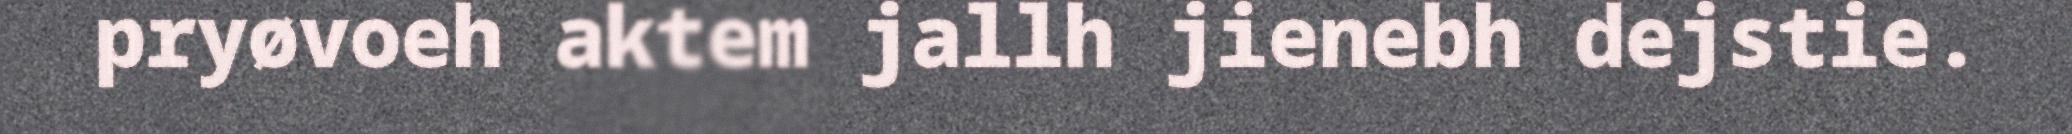
pryøvoeh aktem jallh jienebh dejstie.